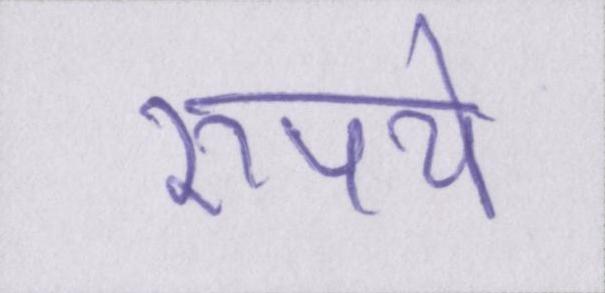
रुपये